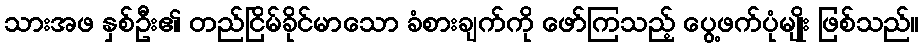
သားအဖ နှစ်ဦး၏ တည်ငြိမ်ခိုင်မာသော ခံစားချက်ကို ဖော်ကြသည့် ပွေ့ဖက်ပုံမျိုး ဖြစ်သည်။